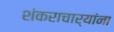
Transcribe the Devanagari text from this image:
शंकराचार्यांना